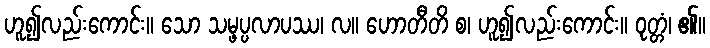
ဟူ၍လည်းကောင်း။ သော သမ္ဖပ္ပလာပဿ၊ လ။ ဟောတီတိ စ၊ ဟူ၍လည်းကောင်း။ ဝုတ္တံ၊ ၏။